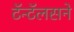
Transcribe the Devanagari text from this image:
टॅन्टॅलसने